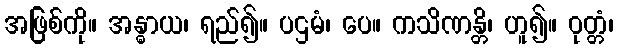
အဖြစ်ကို။ အန္ဓာယ၊ ရည်၍။ ပဌမံ၊ ပေ။ ကသိဏန္တိ၊ ဟူ၍။ ဝုတ္တံ၊